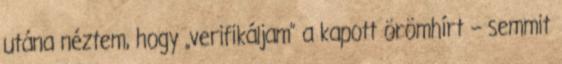
utána néztem, hogy „verifikáljam” a kapott örömhírt – semmit